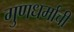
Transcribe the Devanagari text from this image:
गुणधर्माची